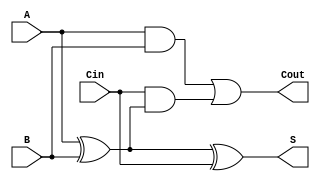
module TransmissionGateFullAdder (
    input wire A,     // First input bit
    input wire B,     // Second input bit
    input wire Cin,   // Carry input bit
    output wire S,    // Sum output bit
    output wire Cout   // Carry output bit
);

    // Intermediate signals
    wire AB;          // A AND B
    wire A_xor_B;    // A XOR B
    wire Cin_and_A_xor_B; // Cin AND (A XOR B)

    // Sum calculation S = A  B  Cin
    assign A_xor_B = A ^ B;               // A XOR B
    assign S = A_xor_B ^ Cin;              // (A XOR B) XOR Cin

    // Carry calculation Cout = (A AND B) OR (Cin AND (A XOR B))
    assign AB = A & B;                      // A AND B
    assign Cin_and_A_xor_B = Cin & A_xor_B; // Cin AND (A XOR B)
    assign Cout = AB | Cin_and_A_xor_B;    // (A AND B) OR (Cin AND (A XOR B))

endmodule